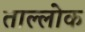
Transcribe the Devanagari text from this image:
ताल्लोक